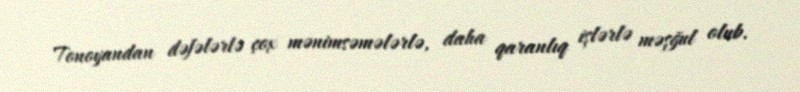
Tonoyandan dəfələrlə çox mənimsəmələrlə, daha qaranlıq işlərlə məşğul olub.